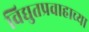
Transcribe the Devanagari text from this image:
विद्युतप्रवाहाच्या